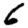
Digit: 6